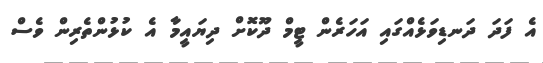
އެ ފަދަ ދަނޑިވަޅެއްގައި އަހަރެން ޓީމް ދޫކޮށް ދިޔައީމާ އެ ކުޅުންތެރިން ވެސް